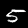
Label: 5